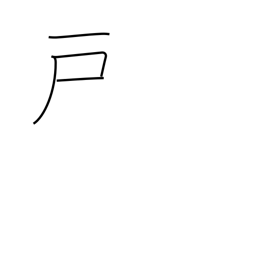
Meaning: door